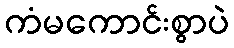
ကံမကောင်းစွာပဲ